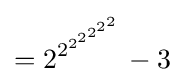
={2^{2^{2^{2^{2^{2^{2}}}}}}}-3